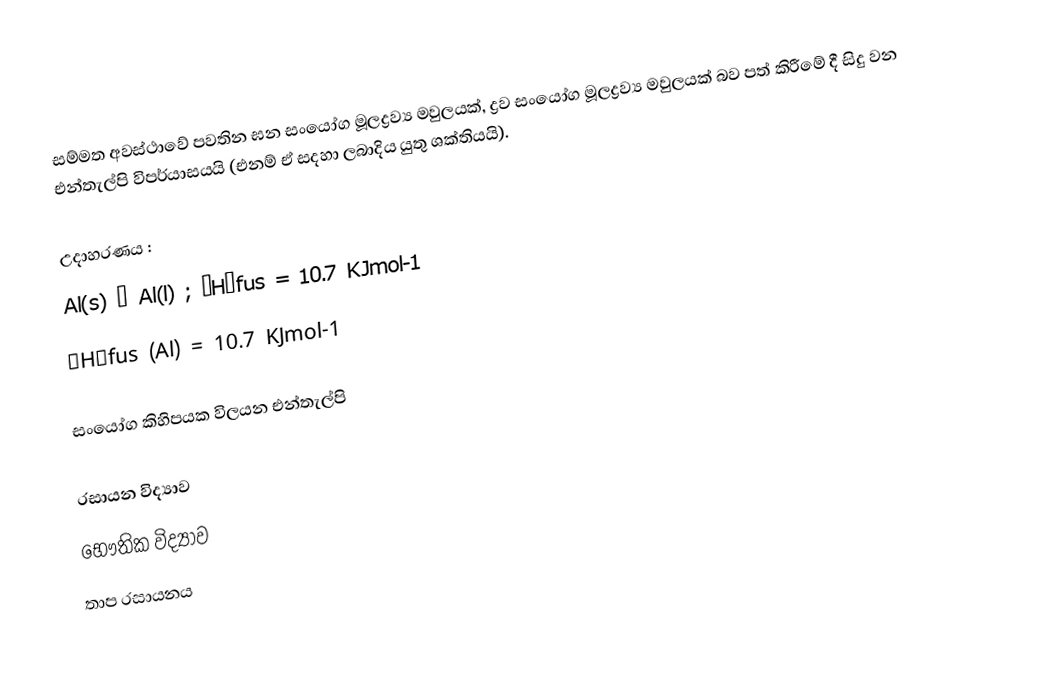
සම්මත අවස්ථාවේ  පවතින ඝන සංයෝග මූලද්‍රව්‍ය මවුලයක්, ද්‍රව සංයෝග මූලද්‍රව්‍ය මවුලයක් බව පත්  කිරීමේ දී සිදු වන එන්තැල්පි විපර්යාසයයි (එනම් ඒ සදහා ලබාදිය යුතු ශක්තියයි).

උදාහරණය :
Al(s) → Al(l) ; ∆H∅fus = 10.7 KJmol-1
∆H∅fus (Al) = 10.7 KJmol-1

සංයෝග කිහිපයක විලයන එන්තැල්පි

රසායන විද්‍යාව
භෞතික විද්‍යාව
තාප රසායනය